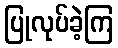
ပြုလုပ်ခဲ့ကြ